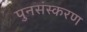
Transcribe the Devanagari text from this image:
पुनसंस्करण